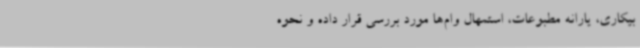
بیکاری،‌ یارانه مطبوعات، استمهال وام‌ها مورد بررسی قرار داده و نحوه